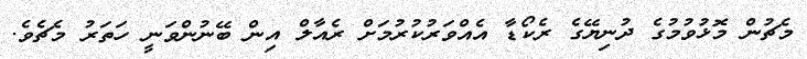
މެޗުން މޮޅުވުމުގެ ދުނިޔޭގެ ރެކޯޑާ އެއްވަރުކުރުމަށް ރެއާލް އިން ބޭނުންވަނީ ހަތަރު މެޗެވެ.